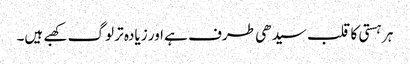
ہر ہستی کا قلب سیدھی طرف ہے اور زیادہ تر لوگ کھبے ہیں۔